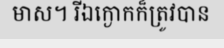
មាស។ រីឯក្ងោកក៏ត្រូវបាន